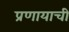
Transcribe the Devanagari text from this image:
प्रणायाची